King Institute of Preventive Medicine Micro-Biological Section reports 1912-19
Year: 1912
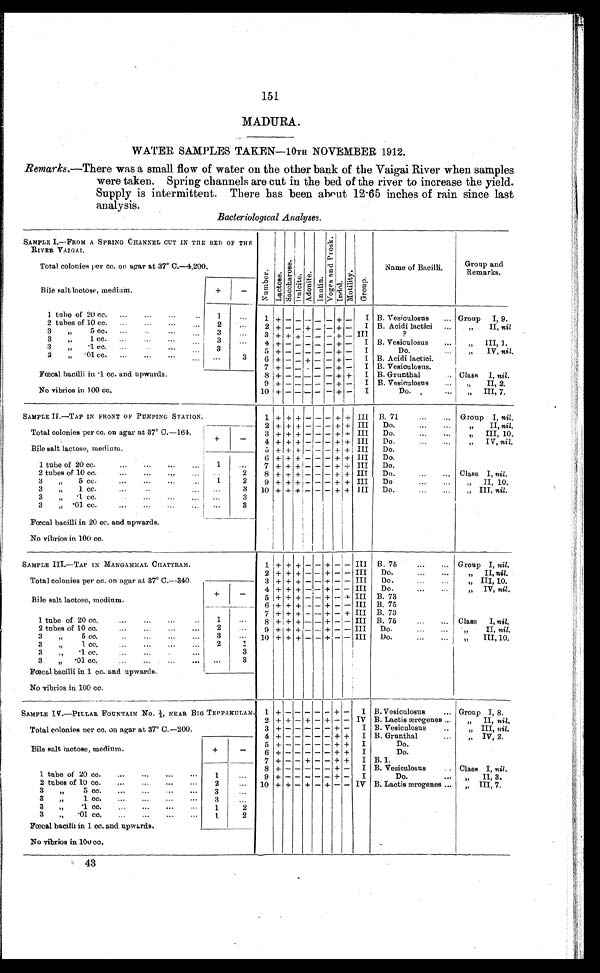
151
MADURA.
WATER SAMPLES TAKEN—10TH NOVEMBER 1912.
Remarks.— There was a small flow of water on the other bank of the Vaigai River when samples
were taken. Spring channels are cut in the bed of the river to increase the yield.
Supply is intermittent. There has been about 12.65 inches of rain since last
analysis.
Bacteriological Analyses.
SAMPLE I.—FROM A SPRING CHANNEL CUT IN THE BED OF THE
RIVER VAIGAI.
Nu mb e r . L a c t o a e .
S a c c h a r o s e . D u l o i t e .
A d o n i t e .
Inul i n.
V o g a a n d P r o s k .
Indol.
M o d a l i t y .
Gr oup.
Name of Bacilli.
Group and
Remarks.
Total colonies per cc. on agar at 37° C. —4,200.
Bile salt lactose, medium.
+
-
1 tube of 20 cc. ...
...
..
1
...
1
+ - -
-
-
- + - I B. Vesiculosus
... Group I, 9.
2 tubes of 10 cc. ...
...
...
...
2
...
2 + - - - - - + - I B. Acidi lactici ...
„
II, nil.
3
„ 5 c c .
. . .
. . . 3
...
3
+ + + -
- - + - III
?
3
„ 1 c c .
. . .
... ...
3
...
4 +
- - -
- -
+
-
I B. Vesiculosus
...
„ III, l.
3 „
. 1
c c .
. . .
... ...
...
3
...
5 + - - - - - + - I
Do.
...
„
IV, nil.
3
„ . 0 1 c c .
. . .
. . .
. . .
... ...
3
6 + - - + - - + - I B. Acidi lactici.
7 + - - - - - + - I B. Vesiculosus.
Fœcal bacilli in .1 cc. and upwards.
8 + - - -
- - + + I B. Grunthal
. . Class I, nil.
9
+ - - - - - + - I B. Vesiculosus
...
„
II, 2.
No vibrios in 100 cc.
10 + - -
- - - + - I
Do.
...
„ III, 7.
SAMPLE II.—TAP IN FRONT OF PUMPING STATION.
1 + + + - - - + + III B. 71
...
... Group I, nil.
2 + + + - - - + + III Do.
...
...
„
II, nil.
Total colonies per cc. on agar at 37° C.–164
3 + + + - - - + + III
Do.
...
...
„ III, 10.
Bile salt lactose, medium.
+
-
4 + + + - - - -
+
III Do.
„ I V ,
n i l .
5 + + + - - - + + III Do.
6 + + + -
- - + + III
Do.
1 tube of 20 cc.
. ... ...
1
. . .
7 + + + - - - + + III
2 tubes of 10 cc.
...
...
. . .
2
8 + + + - - - + + III
Do.
...
... Class I, nil.
3
„
5 cc.
...
...
...
1
2
9 + + + - - - + + III
Do
„ II, 10.
3
„
1.cc.
.
3 10 + + + - - - + + III Do.
...
...
„ III, nil.
3
„
.1 cc.
...
...
...
3
3
„ .01 cc. ... ... ...
...
3
Fœcal bacilli in 20 cc. and upwards.
No vibrios in 100 cc.
SAMPLE III.—TAP IN MANGAMMAL CHATTRAM.
1 + + + - - +
- - III B. 75
...
... Group I, nil.
2 + + + - - + - - III
Do.
„ II, nil.
Total colonies per cc. on agar at 37° C. —340.
3 + + + - - + - - III
Do.
...
...
„ III, 10.
Bile salt lactose, medium.
+
-
4
+ + +
+ - + - - III
Do.
„ IV, nil.
5 + + + - - + - - III B. 73
6 + + + - - + - - III B. 75
1 tube of 20 cc.
...
...
..
••
1
...
7 + + + - - + - + III B. 73
8 + + + - - + - - III B. 75
...
... Class I, nil.
2 tubes of 10 cc.
... ... ... ...
2
...
9 + + + - - + - - III Do.
... „
II, nil.
3 „ 5 C. ,
...
... ...
3
...
1 0 + + + - - + - -
I I I Do.
...
...
„
III, 10.
3
„ 1 cc. ... ...
2
1
3
„
. 1
c c .
. . .
. . .
. . .
...
3
3
„
. 0 1 c c .
. . .
... ... ... ...
3
Fœcal bacilli in 1 cc. and upwards.
No vibrios in 100 cc.
SAMPLE IV.—PILLAR FOUNTAIN NO. 1/1, NEAR BIG TEPPAKULAM. 1 +
- - - - - + - I B. Vesiculosus
... Group I, 8.
2 + + - + - + - - IV B. Lactis ærogenes ...
„ II, nil.
Total colonies per cc. on agar at 37° C. — 200.
3 + - - - - - + - I B. Vesiculosus.
„ III, nil.
4 + - - - - - + + I B. Grunthal...
„ IV, 2.
Bile salt lactose, medium.
+
-
5 + -
- - - - + + I
Do.
6 + -
- - - - + + I
Do.
7 + -
- + - - -
+
I B. 1.
8 +
- - - - + - I B. Vesiculosus
Class I, nil.
1 tube of 20 cc.
...
... ... ...
1
...
9 + -
- - - - + - I
Do.
.
„ I I , 3 .
2 tubes of 10 cc.
......
2
...
10 + + - + - + - - IV B. Lactis ærogenes ... „ III, 7.
3
„
5 cc.
...
... ...
3
...
3
„
1 cc.
... ...
...
3
...
3
„
. 1
c c .
. . .
... ...
1
2
3
„
. 0 1
c c .
. . .
. . .
... ...
1
2
Fœcal bacilli in 1 cc. and upwards.
No vibrios in 100 cc .
43